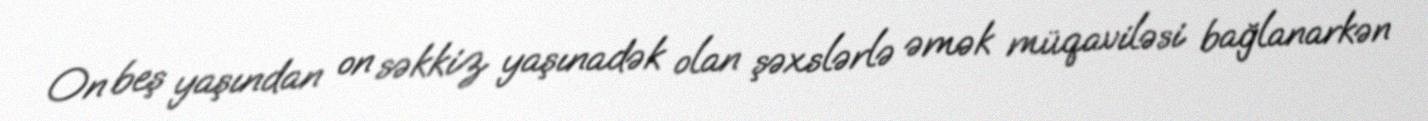
On beş yaşından on səkkiz yaşınadək olan şəxslərlə əmək müqaviləsi bağlanarkən